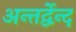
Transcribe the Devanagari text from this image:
अन्तर्द्वेन्द